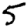
Digit: 5